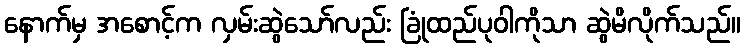
နောက်မှ အစောင့်က လှမ်းဆွဲသော်လည်း ခြုံထည်ပုဝါကိုသာ ဆွဲမိလိုက်သည်။